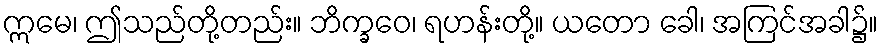
ဣမေ၊ ဤသည်တို့တည်း။ ဘိက္ခဝေ၊ ရဟန်းတို့။ ယတော ခေါ၊ အကြင်အခါ၌။